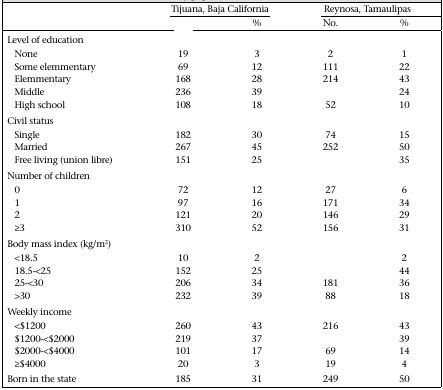
<table><thead><tr><td rowspan="2">[EMPTY_CELL]</td><td colspan="2"><b>Tijuana, Baja California</b></td><td colspan="2"><b>Reynosa, Tamaulipas</b></td></tr><tr><td>[EMPTY_CELL]</td><td><b>%</b></td><td><b>No.</b></td><td><b>%</b></td></tr></thead><tbody><tr><td>Level of education</td><td>[EMPTY_CELL]</td><td>[EMPTY_CELL]</td><td>[EMPTY_CELL]</td><td>[EMPTY_CELL]</td></tr><tr><td>None</td><td>19</td><td>3</td><td>2</td><td>1</td></tr><tr><td>Some elemmentary</td><td>69</td><td>12</td><td>111</td><td>22</td></tr><tr><td>Elemmentary</td><td>168</td><td>28</td><td>214</td><td>43</td></tr><tr><td>Middle</td><td>236</td><td>39</td><td>[EMPTY_CELL]</td><td>24</td></tr><tr><td>High school</td><td>108</td><td>18</td><td>52</td><td>10</td></tr><tr><td>Civil status</td><td>[EMPTY_CELL]</td><td>[EMPTY_CELL]</td><td>[EMPTY_CELL]</td><td>[EMPTY_CELL]</td></tr><tr><td>Single</td><td>182</td><td>30</td><td>74</td><td>15</td></tr><tr><td>Married</td><td>267</td><td>45</td><td>252</td><td>50</td></tr><tr><td>Free living (union libre)</td><td>151</td><td>25</td><td>[EMPTY_CELL]</td><td>35</td></tr><tr><td>Number of children</td><td>[EMPTY_CELL]</td><td>[EMPTY_CELL]</td><td>[EMPTY_CELL]</td><td>[EMPTY_CELL]</td></tr><tr><td>0</td><td>72</td><td>12</td><td>27</td><td>6</td></tr><tr><td>1</td><td>97</td><td>16</td><td>171</td><td>34</td></tr><tr><td>2</td><td>121</td><td>20</td><td>146</td><td>29</td></tr><tr><td>≥3</td><td>310</td><td>52</td><td>156</td><td>31</td></tr><tr><td>Body mass index (kg/m<sup>2</sup>)</td><td>[EMPTY_CELL]</td><td>[EMPTY_CELL]</td><td>[EMPTY_CELL]</td><td>[EMPTY_CELL]</td></tr><tr><td>&lt;18.5</td><td>10</td><td>2</td><td>[EMPTY_CELL]</td><td>2</td></tr><tr><td>18.5-&lt;25</td><td>152</td><td>25</td><td>[EMPTY_CELL]</td><td>44</td></tr><tr><td>25-&lt;30</td><td>206</td><td>34</td><td>181</td><td>36</td></tr><tr><td>&gt;30</td><td>232</td><td>39</td><td>88</td><td>18</td></tr><tr><td>Weekly income</td><td>[EMPTY_CELL]</td><td>[EMPTY_CELL]</td><td>[EMPTY_CELL]</td><td>[EMPTY_CELL]</td></tr><tr><td>&lt;$1200</td><td>260</td><td>43</td><td>216</td><td>43</td></tr><tr><td>$1200-&lt;$2000</td><td>219</td><td>37</td><td>[EMPTY_CELL]</td><td>39</td></tr><tr><td>$2000-&lt;$4000</td><td>101</td><td>17</td><td>69</td><td>14</td></tr><tr><td>≥$4000</td><td>20</td><td>3</td><td>19</td><td>4</td></tr><tr><td>Born in the state</td><td>185</td><td>31</td><td>249</td><td>50</td></tr></tbody></table>